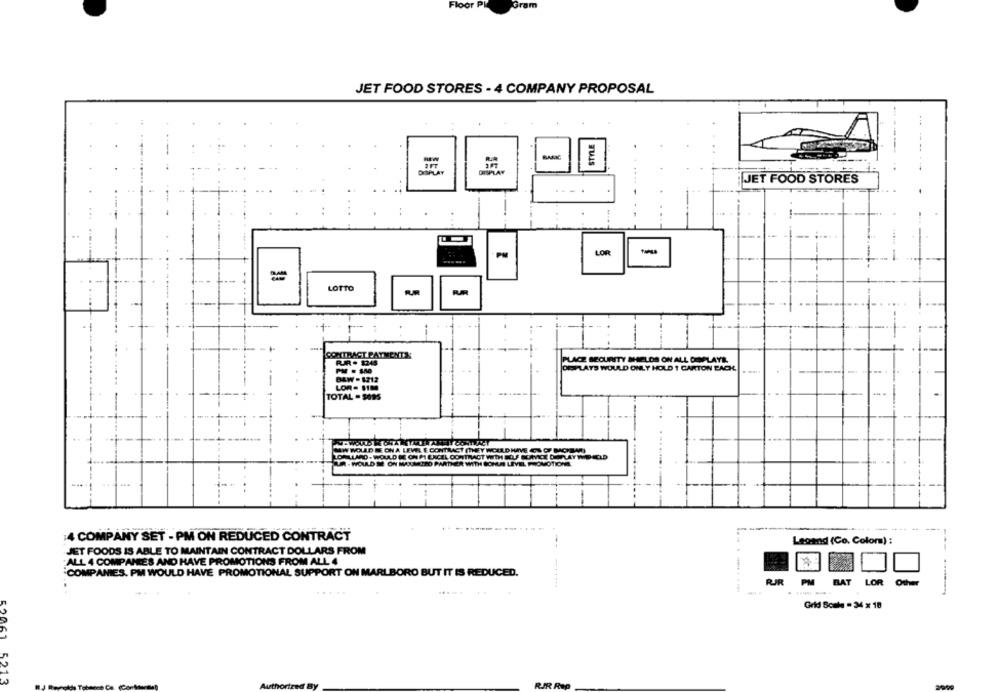
Gram
JET FOOD STORES - 4 COMPANY PROPOSAL
JET FOOD STORES
LOR
-
LOTTO
-4-
CONTRACT PAYMENTS
PLACE SECURITY SHIELDS ON ALL DIMPLAYR.
PUR . 1245
DISPLAYS WOULD ONLY HOLD 1 CARTON EACH
B4W - 1212
LOR- MIM
TOTAL - 5695
ORTRACTWE
4 COMPANY SET - PM ON REDUCED CONTRACT
--
Legend (Co. Colom) :
JET FOODS IS ABLE TO MAINTAIN CONTRACT DOLLARS FROM
ALL 4 COMPANIES AND HAVE PROMOTIONS FROM ALL 4
·COMPANIES. PM WOULD HAVE PROMOTIONAL SUPPORT ON MARLBORO BUT IT IS REDUCED.
BAT
RJR PM
LOR Other
...
Grid Scale - 34 x 18
5213